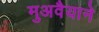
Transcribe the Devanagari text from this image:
मुअवैयाने